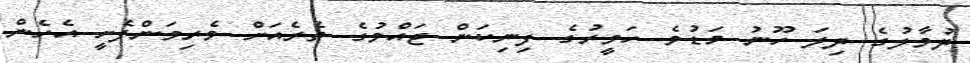
ދުވާލުގެ ދިލަ ހޫނު މަޑުވެ ހަވީރުގެ ފިނިކަން ޖައްވުގެ ތެރެއަށް ވެރިވަންފެށީ އެހެން